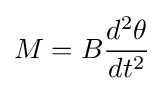
M=B{\frac {d^{2}\theta }{dt^{2}}}